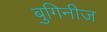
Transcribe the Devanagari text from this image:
बुगिनीज